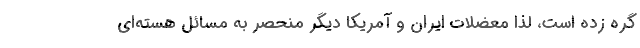
گره زده است، لذا معضلات ایران و آمریکا دیگر منحصر به مسائل هسته‌ای